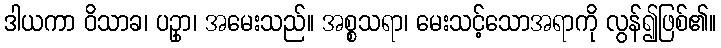
ဒါယကာ ဝိသာခ၊ ပဥှာ၊ အမေးသည်။ အစ္စသရာ၊ မေးသင့်သောအရာကို လွန်၍ဖြစ်၏။